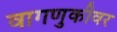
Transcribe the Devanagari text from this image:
वागणुकीवर